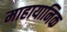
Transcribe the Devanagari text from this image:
माहायानिक